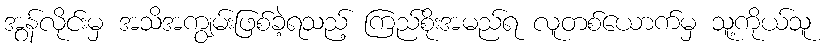
အွန်လိုင်းမှ အသိအကျွမ်းဖြစ်ခဲ့ရသည့် ကြည်စိုးအမည်ရ လူတစ်ယောက်မှ သူ့ကိုယ်သူ